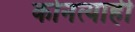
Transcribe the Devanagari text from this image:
कोनत्याही